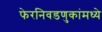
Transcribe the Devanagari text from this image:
फेरनिवडणुकांमध्ये